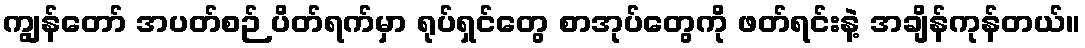
ကျွန်တော် အပတ်စဉ် ပိတ်ရက်မှာ ရုပ်ရှင်တွေ စာအုပ်တွေကို ဖတ်ရင်းနဲ့ အချိန်ကုန်တယ်။